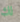
لك